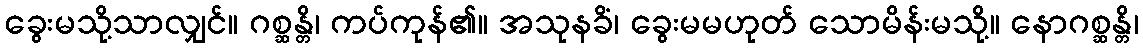
ခွေးမသို့သာလျှင်။ ဂစ္ဆန္တိ၊ ကပ်ကုန်၏။ အသုနခိံ၊ ခွေးမမဟုတ် သောမိန်းမသို့။ နောဂစ္ဆန္တိ၊